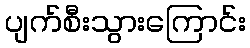
ပျက်စီးသွားကြောင်း